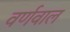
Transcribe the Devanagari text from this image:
वर्णवाल